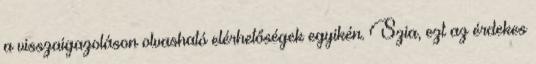
a visszaigazoláson olvasható elérhetőségek egyikén. Szia, ezt az érdekes